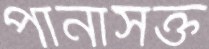
পানাসক্ত